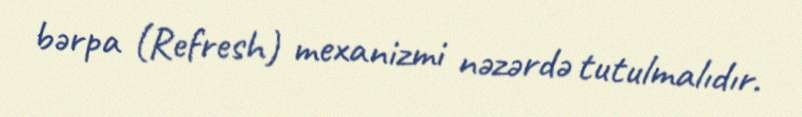
bərpa (Refresh) mexanizmi nəzərdə tutulmalıdır.